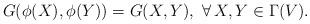
LaTeX: \begin{align*}G(\phi(X),\phi(Y))=G(X,Y),\,\, \forall\,X,Y\in\Gamma(V).\end{align*}